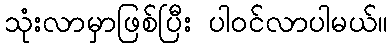
သုံးလာမှာဖြစ်ပြီး ပါဝင်လာပါမယ်။